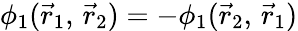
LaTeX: \phi_{1}({\vec{r}}_{1},\, {\vec{r}}_{2})=-\phi_{1}({\vec{r}}_{2},\, {\vec{r}}_{1})